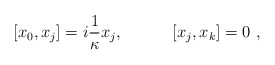
\begin{align*}\lbrack x_{0},x_{j}]=i {1 \over \kappa} x_{j},\qquad \quad \lbrack x_{j},x_{k}]=0~,\end{align*}